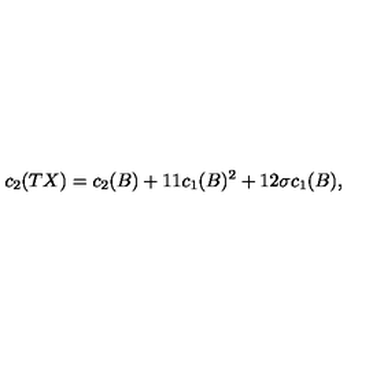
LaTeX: c _ { 2 } ( T X ) = c _ { 2 } ( B ) + 1 1 c _ { 1 } ( B ) ^ { 2 } + 1 2 \sigma c _ { 1 } ( B ) ,